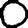
Digit: 0